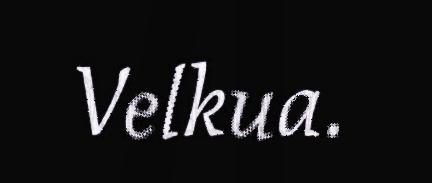
Velkua.